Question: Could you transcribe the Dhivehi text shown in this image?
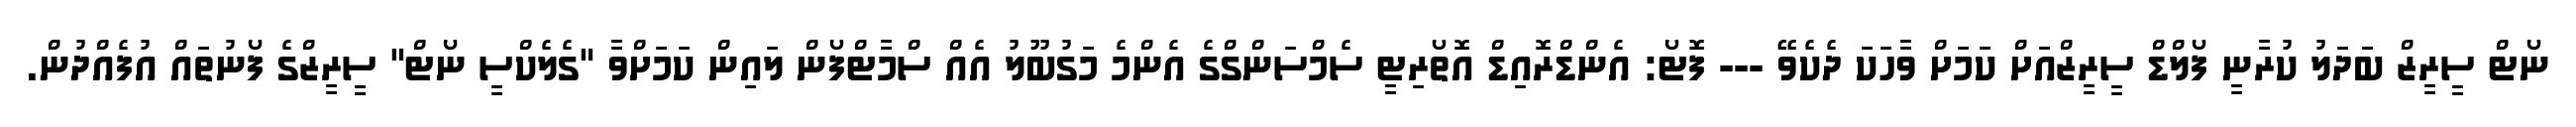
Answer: ނޯޓް ސީރީޒް ބަދަލު ކުރާނީ ފޯލްޑް ސީރީޒްއަށް ކަމަށް ވާހަކަ ދެކެވޭ --- ފޮޓޯ: އެންޑްރޮއިޑް އޮތޯރިޓީ ސެމްސަންގްގެ އެންމެ މަގުބޫލު އެއް ސްމާޓްފޯން ލައިން ކަމަށްވާ "ގެލެކްސީ ނޯޓް" ސީރީޒްގެ ފޯނުތައް އުފެއްދުން.